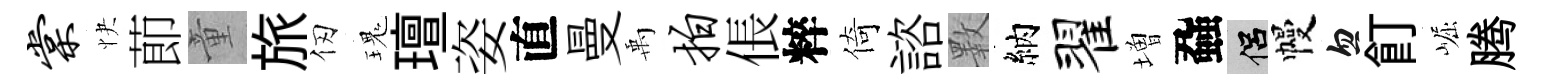
棠快莭童旅仞瑰璮姿直曼禹拍倀粹倚諮斁納翟増蝨侣幔忽飣崛腾